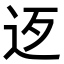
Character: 𨑰